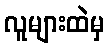
လူများထဲမှ